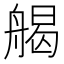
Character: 𦩥